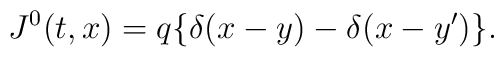
J^0 (t,x)= q \{ \delta(x-y)-\delta(x-y^{\prime}) \}.